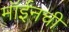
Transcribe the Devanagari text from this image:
मॉईनची